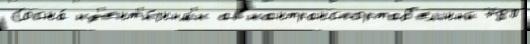
Сосна́ ид'ент'и́чным'и ав'иантранспортаб'ельный 780